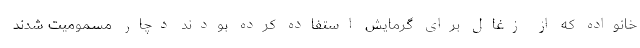
خانواده که از زغال برای گرمایش استفاده کرده بودند دچار مسمومیت شدند